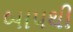
બાપથી